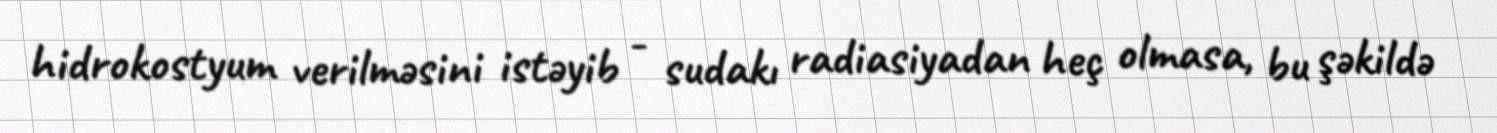
hidrokostyum verilməsini istəyib - sudakı radiasiyadan heç olmasa, bu şəkildə